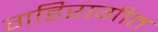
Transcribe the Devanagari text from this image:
गहिरागीत